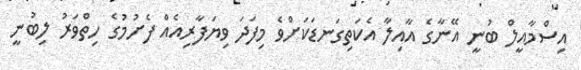
އިސްމާއީލް ބުނީ އޭނާގެ އާއިލާ އެކަތިގަނޑަކަށްވެ މިފަދަ ވިޔަފާރިއެއް ފެށުމުގެ ހިތްވަރު ލިބުނީ